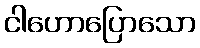
ငါဟောပြောသော